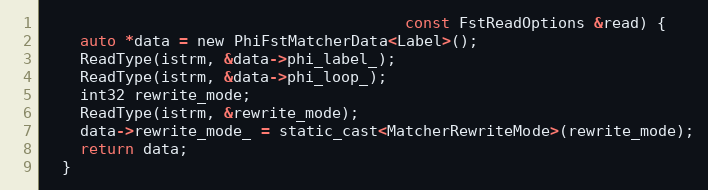
Language: C
                                        const FstReadOptions &read) {
    auto *data = new PhiFstMatcherData<Label>();
    ReadType(istrm, &data->phi_label_);
    ReadType(istrm, &data->phi_loop_);
    int32 rewrite_mode;
    ReadType(istrm, &rewrite_mode);
    data->rewrite_mode_ = static_cast<MatcherRewriteMode>(rewrite_mode);
    return data;
  }